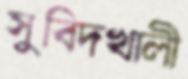
সুবিদখালী